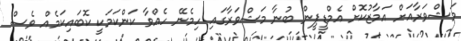
މަޝްވަރާއަށް އަމާޒުކޮށް އެމްޑީޕީން ބުނާ މަޝްވަރާގައި ހިމެނޭ ހެއްވާ ކަންކަމަކީ ކޮބައިކަމެއް ވެސް